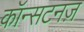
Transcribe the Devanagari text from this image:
कॉन्सटनज़